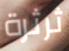
ثرثرة